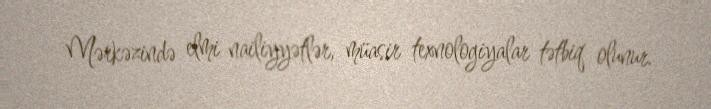
Mərkəzində elmi nailiyyətlər, müasir texnologiyalar tətbiq olunur.